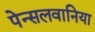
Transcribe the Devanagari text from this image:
पेन्सलवानिया